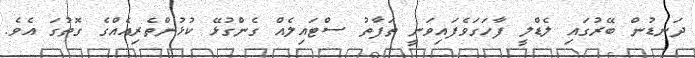
ދަނޑުން ބޭރުގައި ލެޑްލީ ފާހަގަވެފައިވަނީ ތަފާތު ސްޓައިލެއް ގެންގުޅޭ ކުޅުންތެރިއެއްގެ ގޮތުގަ އެވެ.